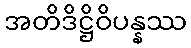
အတိဒိဋ္ဌိဝိပန္နဿ